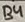
Text: B4